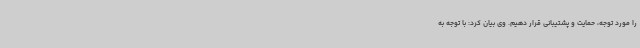
را مورد توجه، حمایت و پشتیبانی قرار دهیم. وی بیان کرد: با توجه به